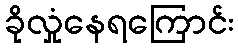
ခိုလှုံနေရကြောင်း